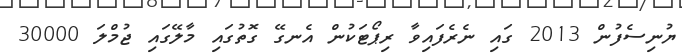
ޔުނިސެފުން 2013 ގައި ނެރެފައިވާ ރިޕޯޓަކުން އެނގޭ ގޮތުގައި މާލޭގައި ޖުމްލަ 30000